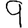
Digit: 9